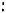
: